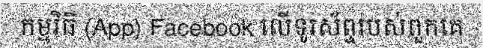
កម្មវិធី (App) Facebook លើទូរស័ព្ទរបស់ពួកគេ